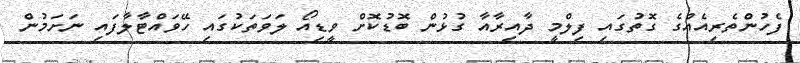
ފެހުންތެރިއެއްގެ ގޮތުގައި ފިލްމީ ދާއިރާއާ ގުޅުން ބޮޑުކޮށް ވީޑިއޯ ލަވަތަކުގައި ހޭވައްޓާލާފައި ނަށަމުން